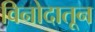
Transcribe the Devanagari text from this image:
विनोदातून